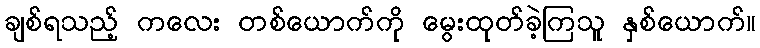
ချစ်ရသည့် ကလေး တစ်ယောက်ကို မွေးထုတ်ခဲ့ကြသူ နှစ်ယောက်။